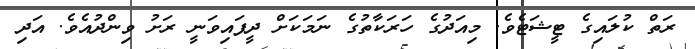
ރަތް ކުލައިގެ ޓީޝަޓެވެ. މިއަދުގެ ހަރަކާތުގެ ނަމަކަށް ދީފައިވަނީ ރަށު ވިންދުއެވެ. އަދި